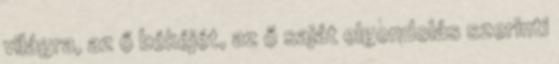
világra, az ő békéjét, az ő saját elgondolás szerinti